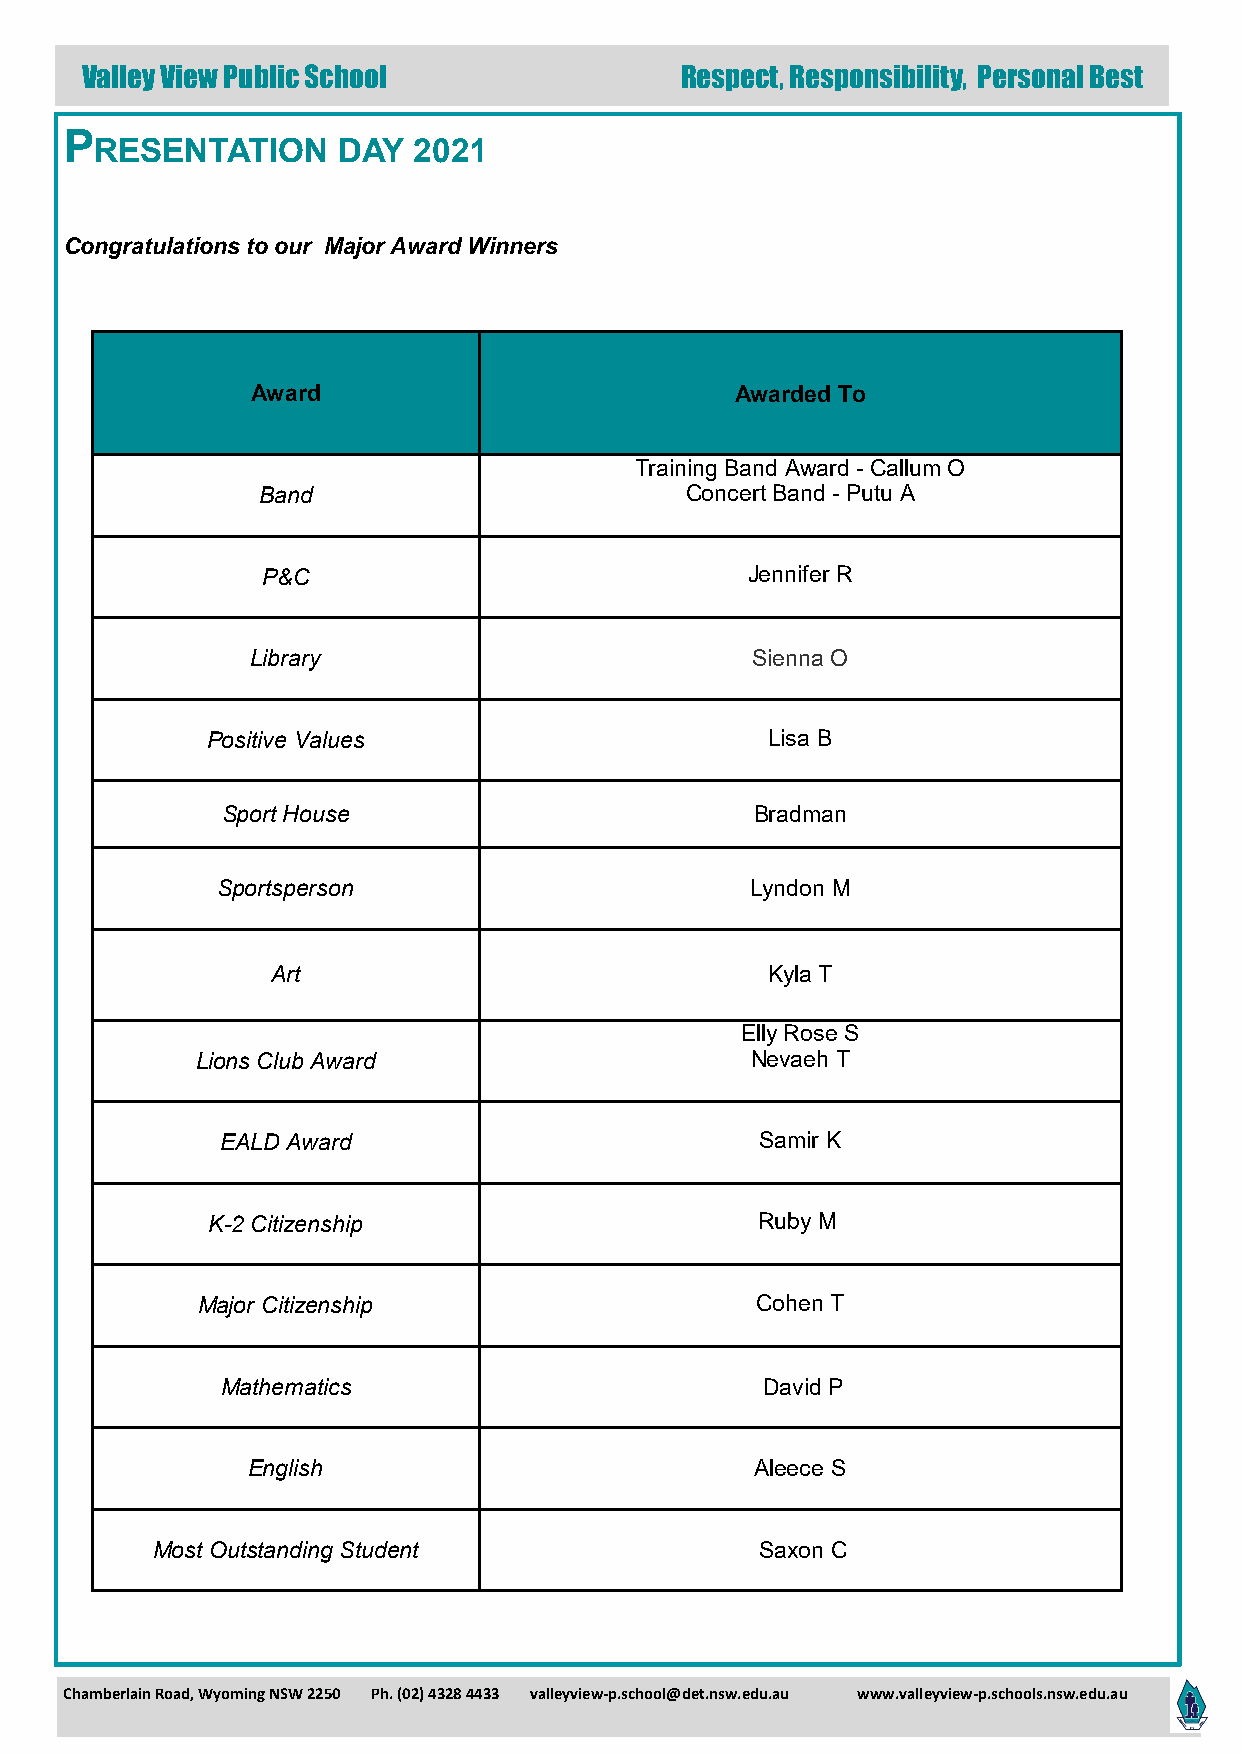
Valley View Public School               Respect, Responsibility, Personal Best
 P
 RESENTATION     DAY  2021
 Congratulations to our Major Award Winners
 Award                           Awarded To
 Training Band Award - Callum O
 Band                        Concert Band - Putu A
 P&C                             Jennifer R
 Library                          Sienna O
 Positive Values                      Lisa B
 Sport House                        Bradman
 Sportsperson                        Lyndon M
 Art                              Kyla T
 Elly Rose S
 Lions Club Award                     Nevaeh T
 EALD Award                         Samir K
 K-2 Citizenship                     Ruby M
 Major Citizenship                    Cohen T
 Mathematics                        David P
 English                           Aleece S
 Most Outstanding Student                Saxon C
 Chamberlain Road, Wyoming NSW 2250 Ph. (02) 4328 4433 valleyview-p.school@det.nsw.edu.au www.valleyview-p.schools.nsw.edu.au